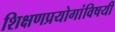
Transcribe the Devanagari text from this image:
शिक्षणप्रयोगांविषयी